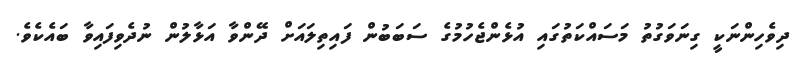
ދިވެހިންނަކީ ގިނަވަގުތު މަސައްކަތުގައި އުޅެންޖެހުމުގެ ސަބަބުން ފައިތިލައަށް ދޭންވާ އަޅާލުން ނުދެވިފައިވާ ބައެކެވެ.